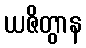
ယဇိတွာန